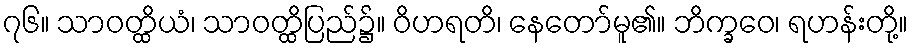
၇၆။ သာဝတ္ထိယံ၊ သာဝတ္ထိပြည်၌။ ဝိဟရတိ၊ နေတော်မူ၏။ ဘိက္ခဝေ၊ ရဟန်းတို့။